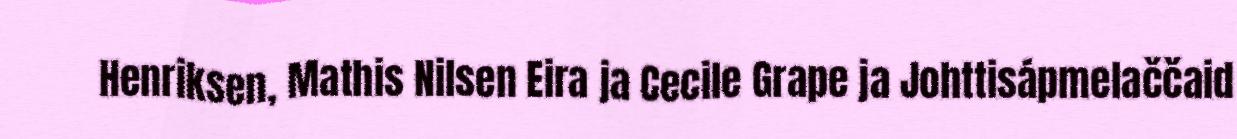
Henriksen, Mathis Nilsen Eira ja Cecile Grape ja Johttisápmelaččaid